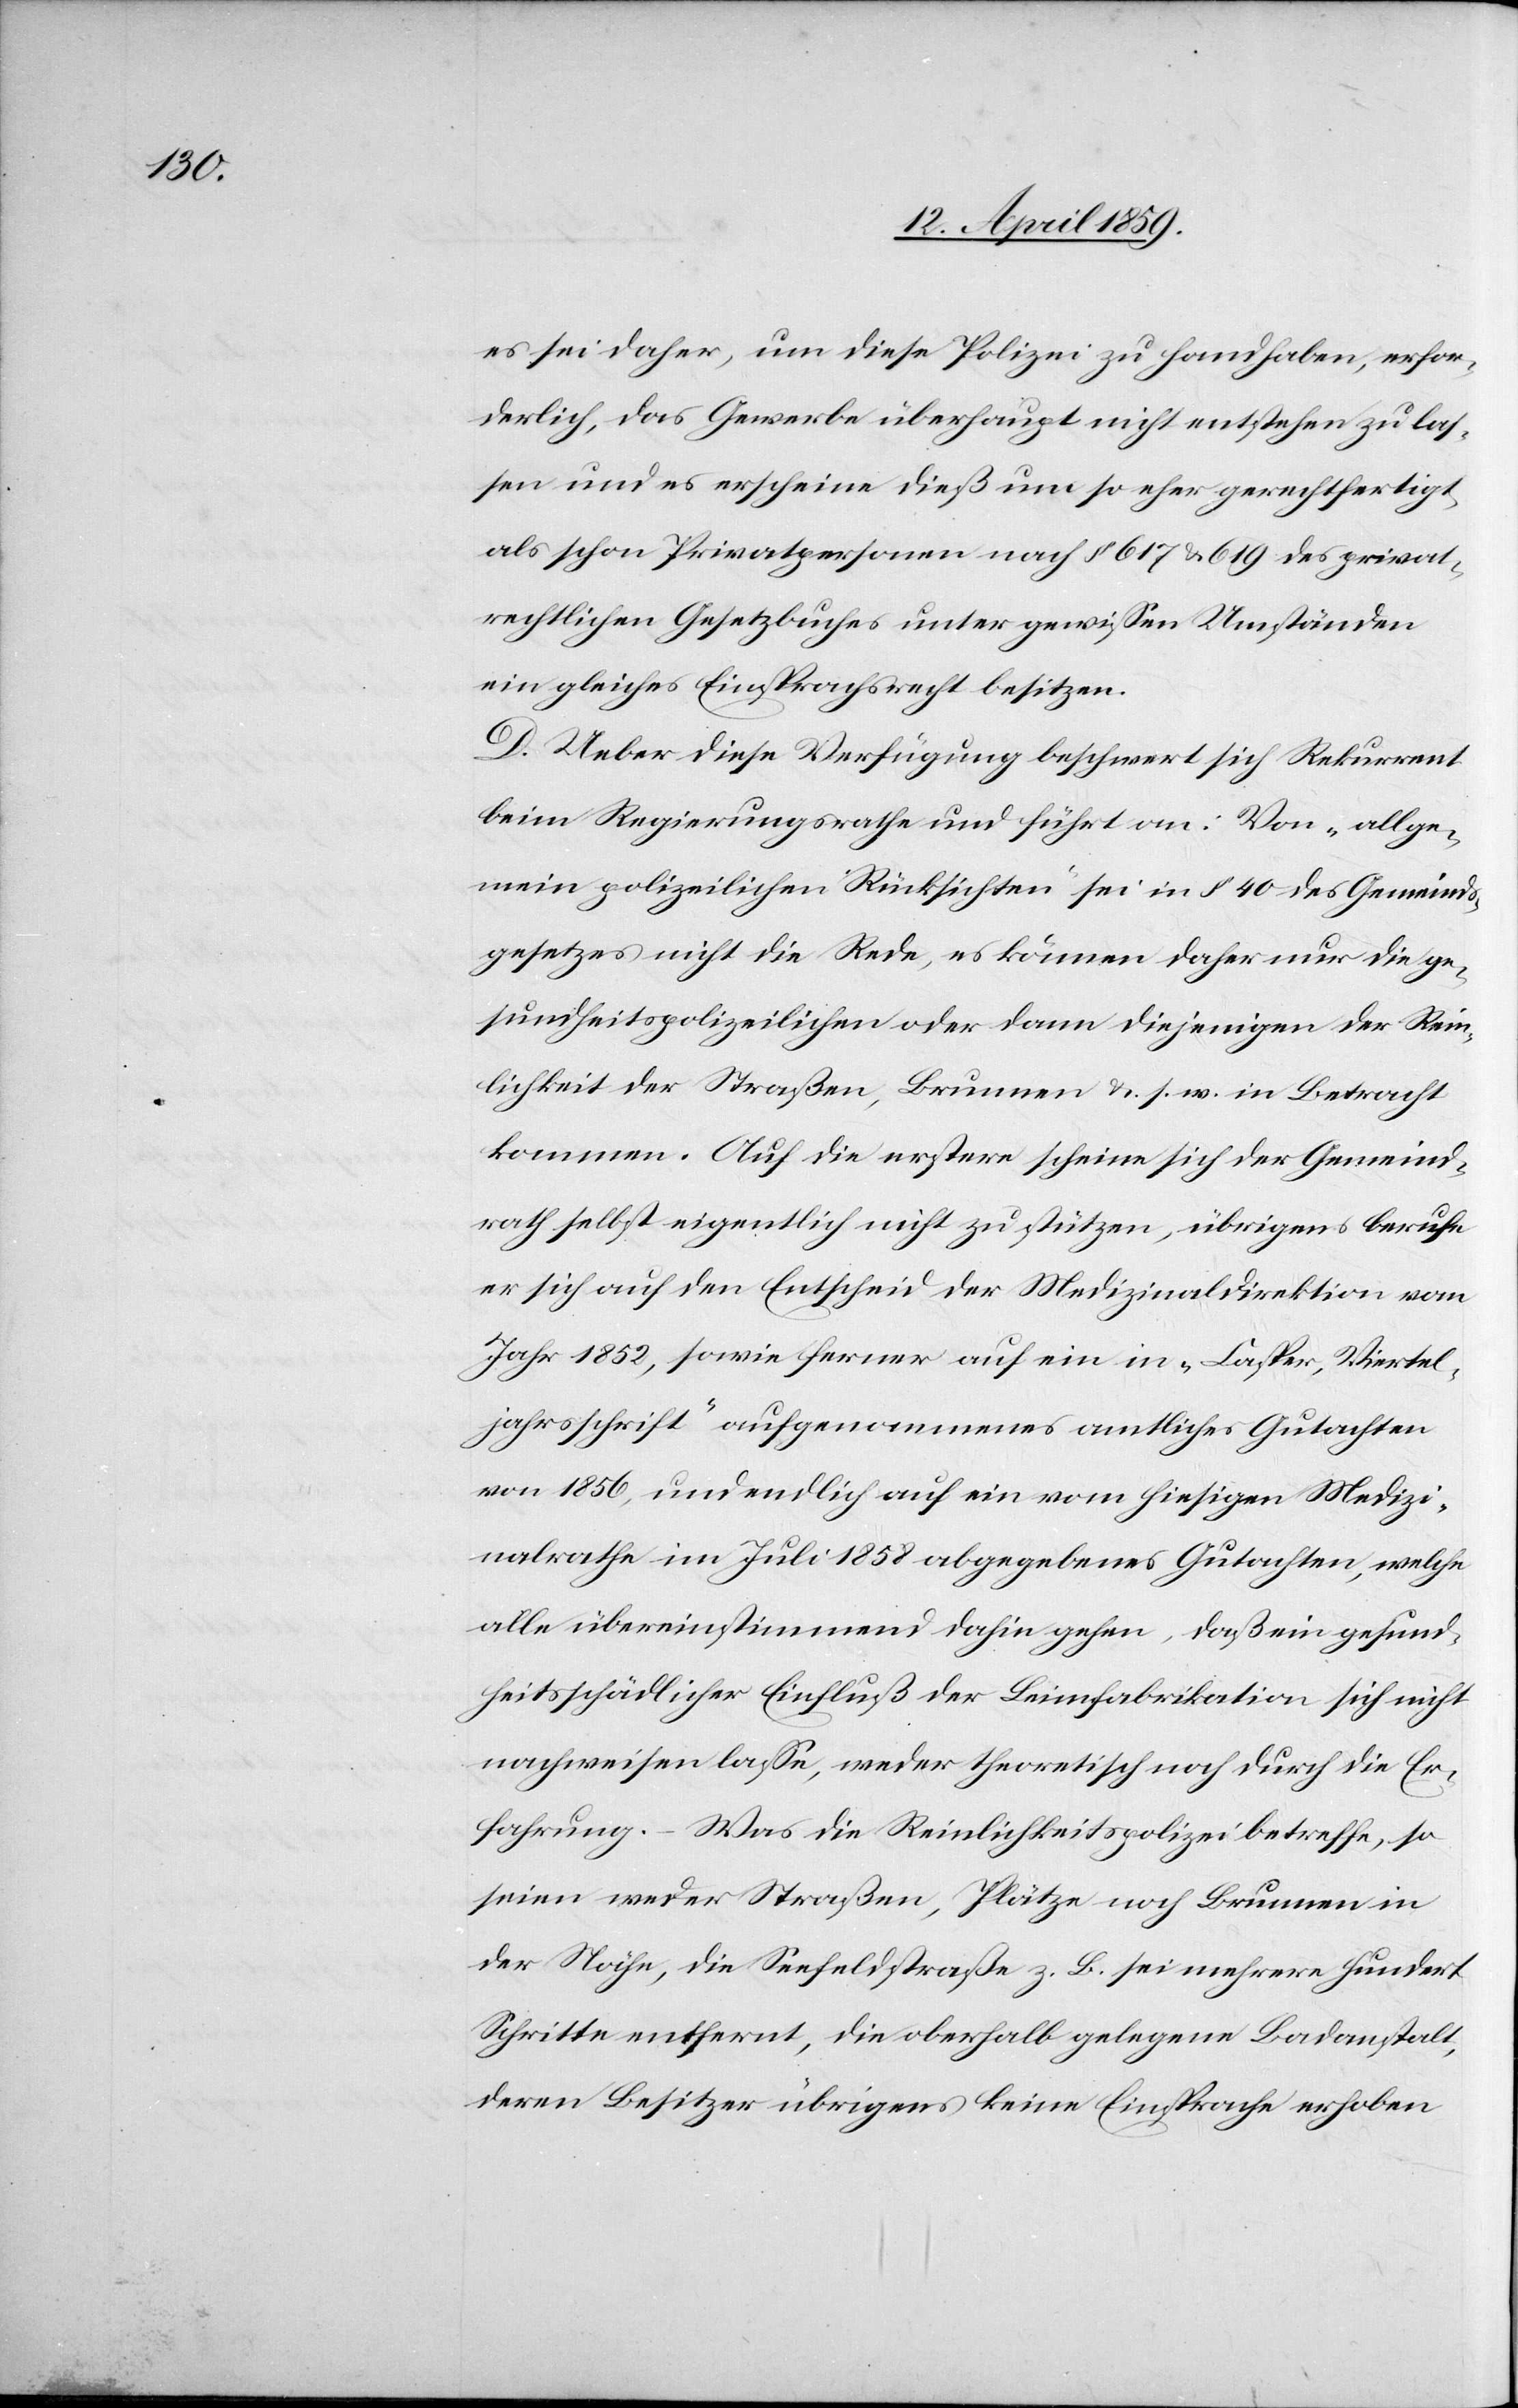
es sei daher, um diese Polizei zu handhaben, erfor¬
derlich, das Gewerbe überhaupt nicht entstehen zu las¬
sen und es erscheine dieß um so eher gerechtfertigt
als schon Privatpersonen nach § 617 & 619 des privat¬
rechtlichen Gesetzbuches unter gewißen Umständen
ein gleiches Einsprachsrecht besitzen.
D. Ueber diese Verfügung beschwert sich Rekurrent
beim Regierungsrathe und führt an: Von „allge¬
mein polizeilichen Rücksichten“ sei in § 40 des Gemeinds¬
gesetzes nicht die Rede, es können daher nur die ge¬
sundheitspolizeilichen oder dann diejenigen der Rein¬
lichkeit der Straßen, Brunnen &. s. w in Betracht
kommen. Auf die erstern scheine sich der Gemeind¬
rath selbst eigentlich nicht zu stützen, übrigens berufe
er sich auf den Entscheid der Medizinaldirektion vom
Jahr 1852, sowie ferner auf ein in „Casper, Viertel¬
jahrsschrift“ aufgenommenes amtliches Gutachten
von 1856, und endlich auf ein vom hiesigen Medizi¬
nalrathe im Juli 1858 abgegebenes Gutachten, welche
alle übereinstimmend dahin gehen, daß ein gesund¬
heitsschädlicher Einfluß der Leimfabrikation sich nicht
nachweisen laße, weder theoretisch noch durch die Er¬
fahrung. ( Was die Reinlichkeitspolizei betreffe, so
seien weder Straßen, Plätze noch Brunnen in
der Nähe, die Seefeldstraße z. B. sei mehrere hundert
Schritte entfernt, die oberhalb gelegene Badanstalt,
deren Besitzer übrigens keine Einsprach erhoben